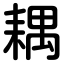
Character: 耦